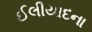
ઈલીયાદના